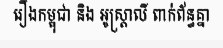
រឿងកម្ពុជា និង អូស្ត្រាលី ពាក់ព័ន្ធគ្នា